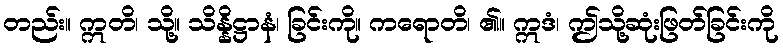
တည်း။ ဣတိ၊ သို့။ သိန္နိဋ္ဌာနံ၊ ခြင်းကို။ ကရောတိ၊ ၏။ ဣဒံ၊ ဤသို့ဆုံးဖြတ်ခြင်းကို